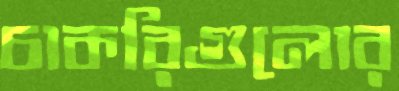
চাকরিগুলোর